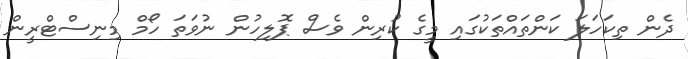
ދެން ތިކަހަލަ ކަންތައްތަކުގައި މީގެ ކުރިން ވެސް ޕޮލިހުން ނުވަތަ ހޯމް މިނިސްޓްރީން